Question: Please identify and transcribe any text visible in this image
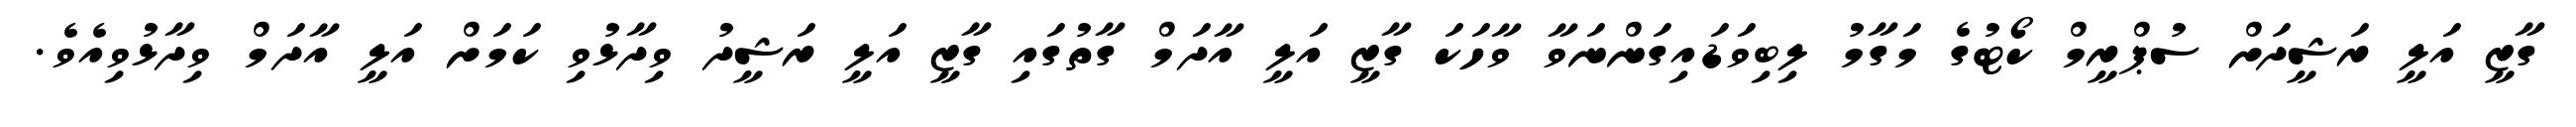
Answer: ގާޒީ އަލީ ރަޝީދަށް ސުޕްރީމް ކޯޓުގެ މަގާމު ލިބިވަޑައިގަންނަވާ ވާހަކަ ގާޒީ އަލީ އާދަމް ގާތުގައި ގާޒީ އަލީ ރަޝީދު ވިދާޅުވި ކަމަށް އަލީ އާދަމް ވިދާޅުވިއެވެ.